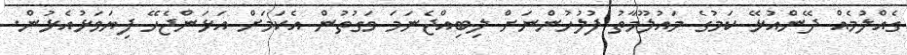
ގެއްލުމެއް ދޭންއުޅޭ ކަމުގެ މައުލޫމާތު ފުލުހުންނަށް ލިބިއްޖެނަމަ ވަގުތުން އެކަމަށް އަޅަންޖެހޭ ފިޔަވަޅުއެޅުން.